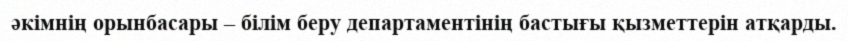
әкімнің орынбасары – білім беру департаментінің бастығы қызметтерін атқарды.